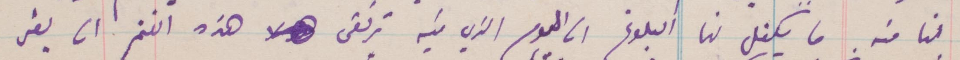
لنا منه ما يكفل لنا البلوغ الى اليوم الذي فيه ترتقي هذه الغنم ان يفر